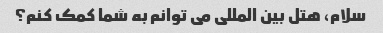
سلام، هتل بین المللی می توانم به شما کمک کنم؟